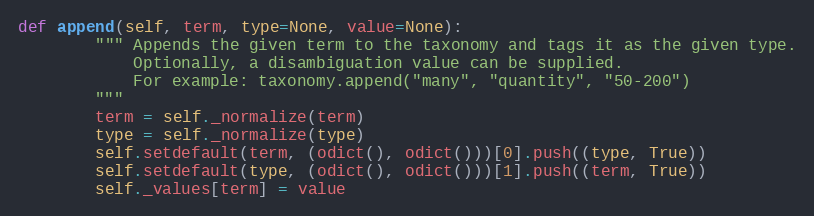
Language: Python
def append(self, term, type=None, value=None):
        """ Appends the given term to the taxonomy and tags it as the given type.
            Optionally, a disambiguation value can be supplied.
            For example: taxonomy.append("many", "quantity", "50-200")
        """
        term = self._normalize(term)
        type = self._normalize(type)
        self.setdefault(term, (odict(), odict()))[0].push((type, True))
        self.setdefault(type, (odict(), odict()))[1].push((term, True))
        self._values[term] = value